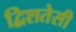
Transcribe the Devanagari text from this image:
द्विशतेसी